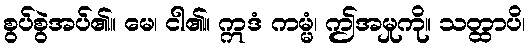
စွပ်စွဲအပ်၏။ မေ၊ ငါ၏။ ဣဒံ ကမ္မံ၊ ဤအမှုကို။ သတ္ထာပိ၊